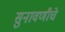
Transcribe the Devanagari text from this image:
सुनावणीचे